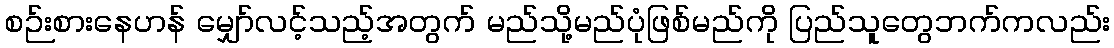
စဉ်းစားနေဟန် မျှော်လင့်သည့်အတွက် မည်သို့မည်ပုံဖြစ်မည်ကို ပြည်သူတွေဘက်ကလည်း